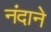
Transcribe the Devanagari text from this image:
नंदाने